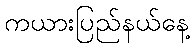
ကယားပြည်နယ်နေ့